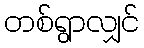
တစ်ရွာလျှင်